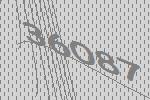
36087